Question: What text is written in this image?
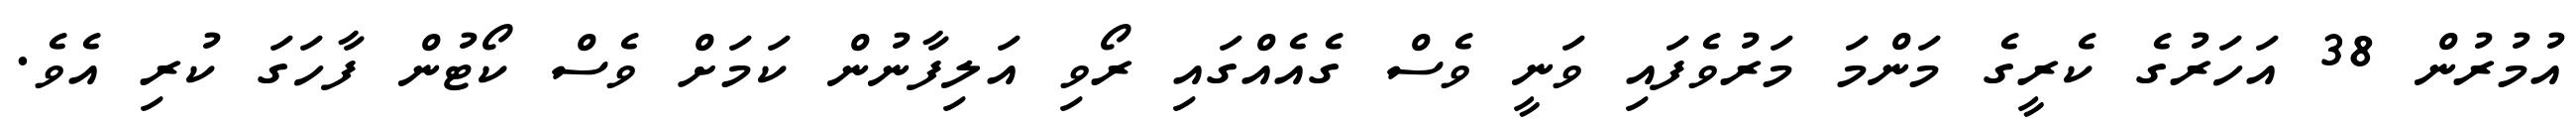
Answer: އުމުރުން 38 އަހަރުގެ ކެރީގެ މަންމަ މަރުވެފައި ވަނީ ވެސް ގެއެއްގައި ރޯވި އަލިފާނުން ކަމަށް ވެސް ކޯޓުން ފާހަގަ ކުރި އެވެ.